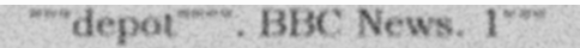
"""depot"""". BBC News. 1"""